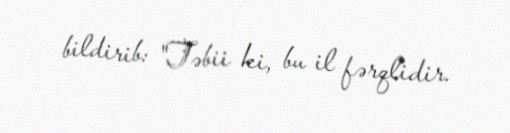
bildirib: "Təbii ki, bu il fərqlidir.